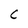
Character: C